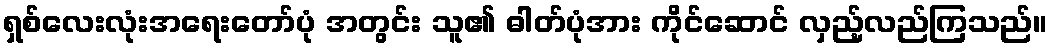
ရှစ်လေးလုံးအရေးတော်ပုံ အတွင်း သူ၏ ဓါတ်ပုံအား ကိုင်ဆောင် လှည့်လည်ကြသည်။